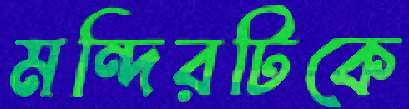
মন্দিরটিকে